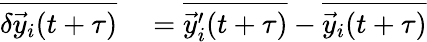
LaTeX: \begin{array}{rl}{\overline{{\delta\vec{y}_{i}(t+\tau)}}}&{{}=\overline{{\vec{y}_{i}^{\prime}(t+\tau)}}-\overline{{\vec{y}_{i}(t+\tau)}}}\end{array}